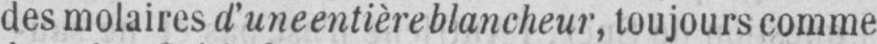
des molaires d’uneentièreblancheur, toujours comme